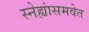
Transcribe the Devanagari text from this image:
स्नेह्यांसमवेत